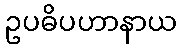
ဥပဓိပဟာနာယ